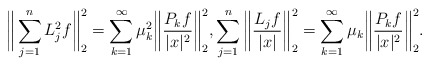
\begin{align*}\begin{aligned}\bigg\|\sum_{j=1}^n L_j^2 f \bigg\|_{2}^2=\sum_{k = 1}^\infty\mu_k^2\bigg\| \frac{P_k f}{|x|^2} \bigg\|_{2}^2, \sum_{j=1}^n \bigg\|\frac{L_j f}{|x|} \bigg\|_{2}^2 =\sum_{k = 1}^\infty\mu_k\bigg\| \frac{P_k f}{|x|^2} \bigg\|_{2}^2.\end{aligned}\end{align*}